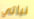
نباتي